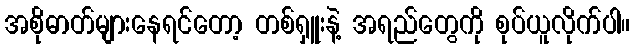
အစိုဓာတ်များနေရင်တော့ တစ်ရှူးနဲ့ အရည်တွေကို စုပ်ယူလိုက်ပါ။